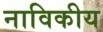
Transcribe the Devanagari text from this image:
नाविकीय